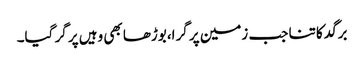
برگد کا تنا جب زمین پر گرا،بوڑھا بھی وہیں پر گر گیا۔